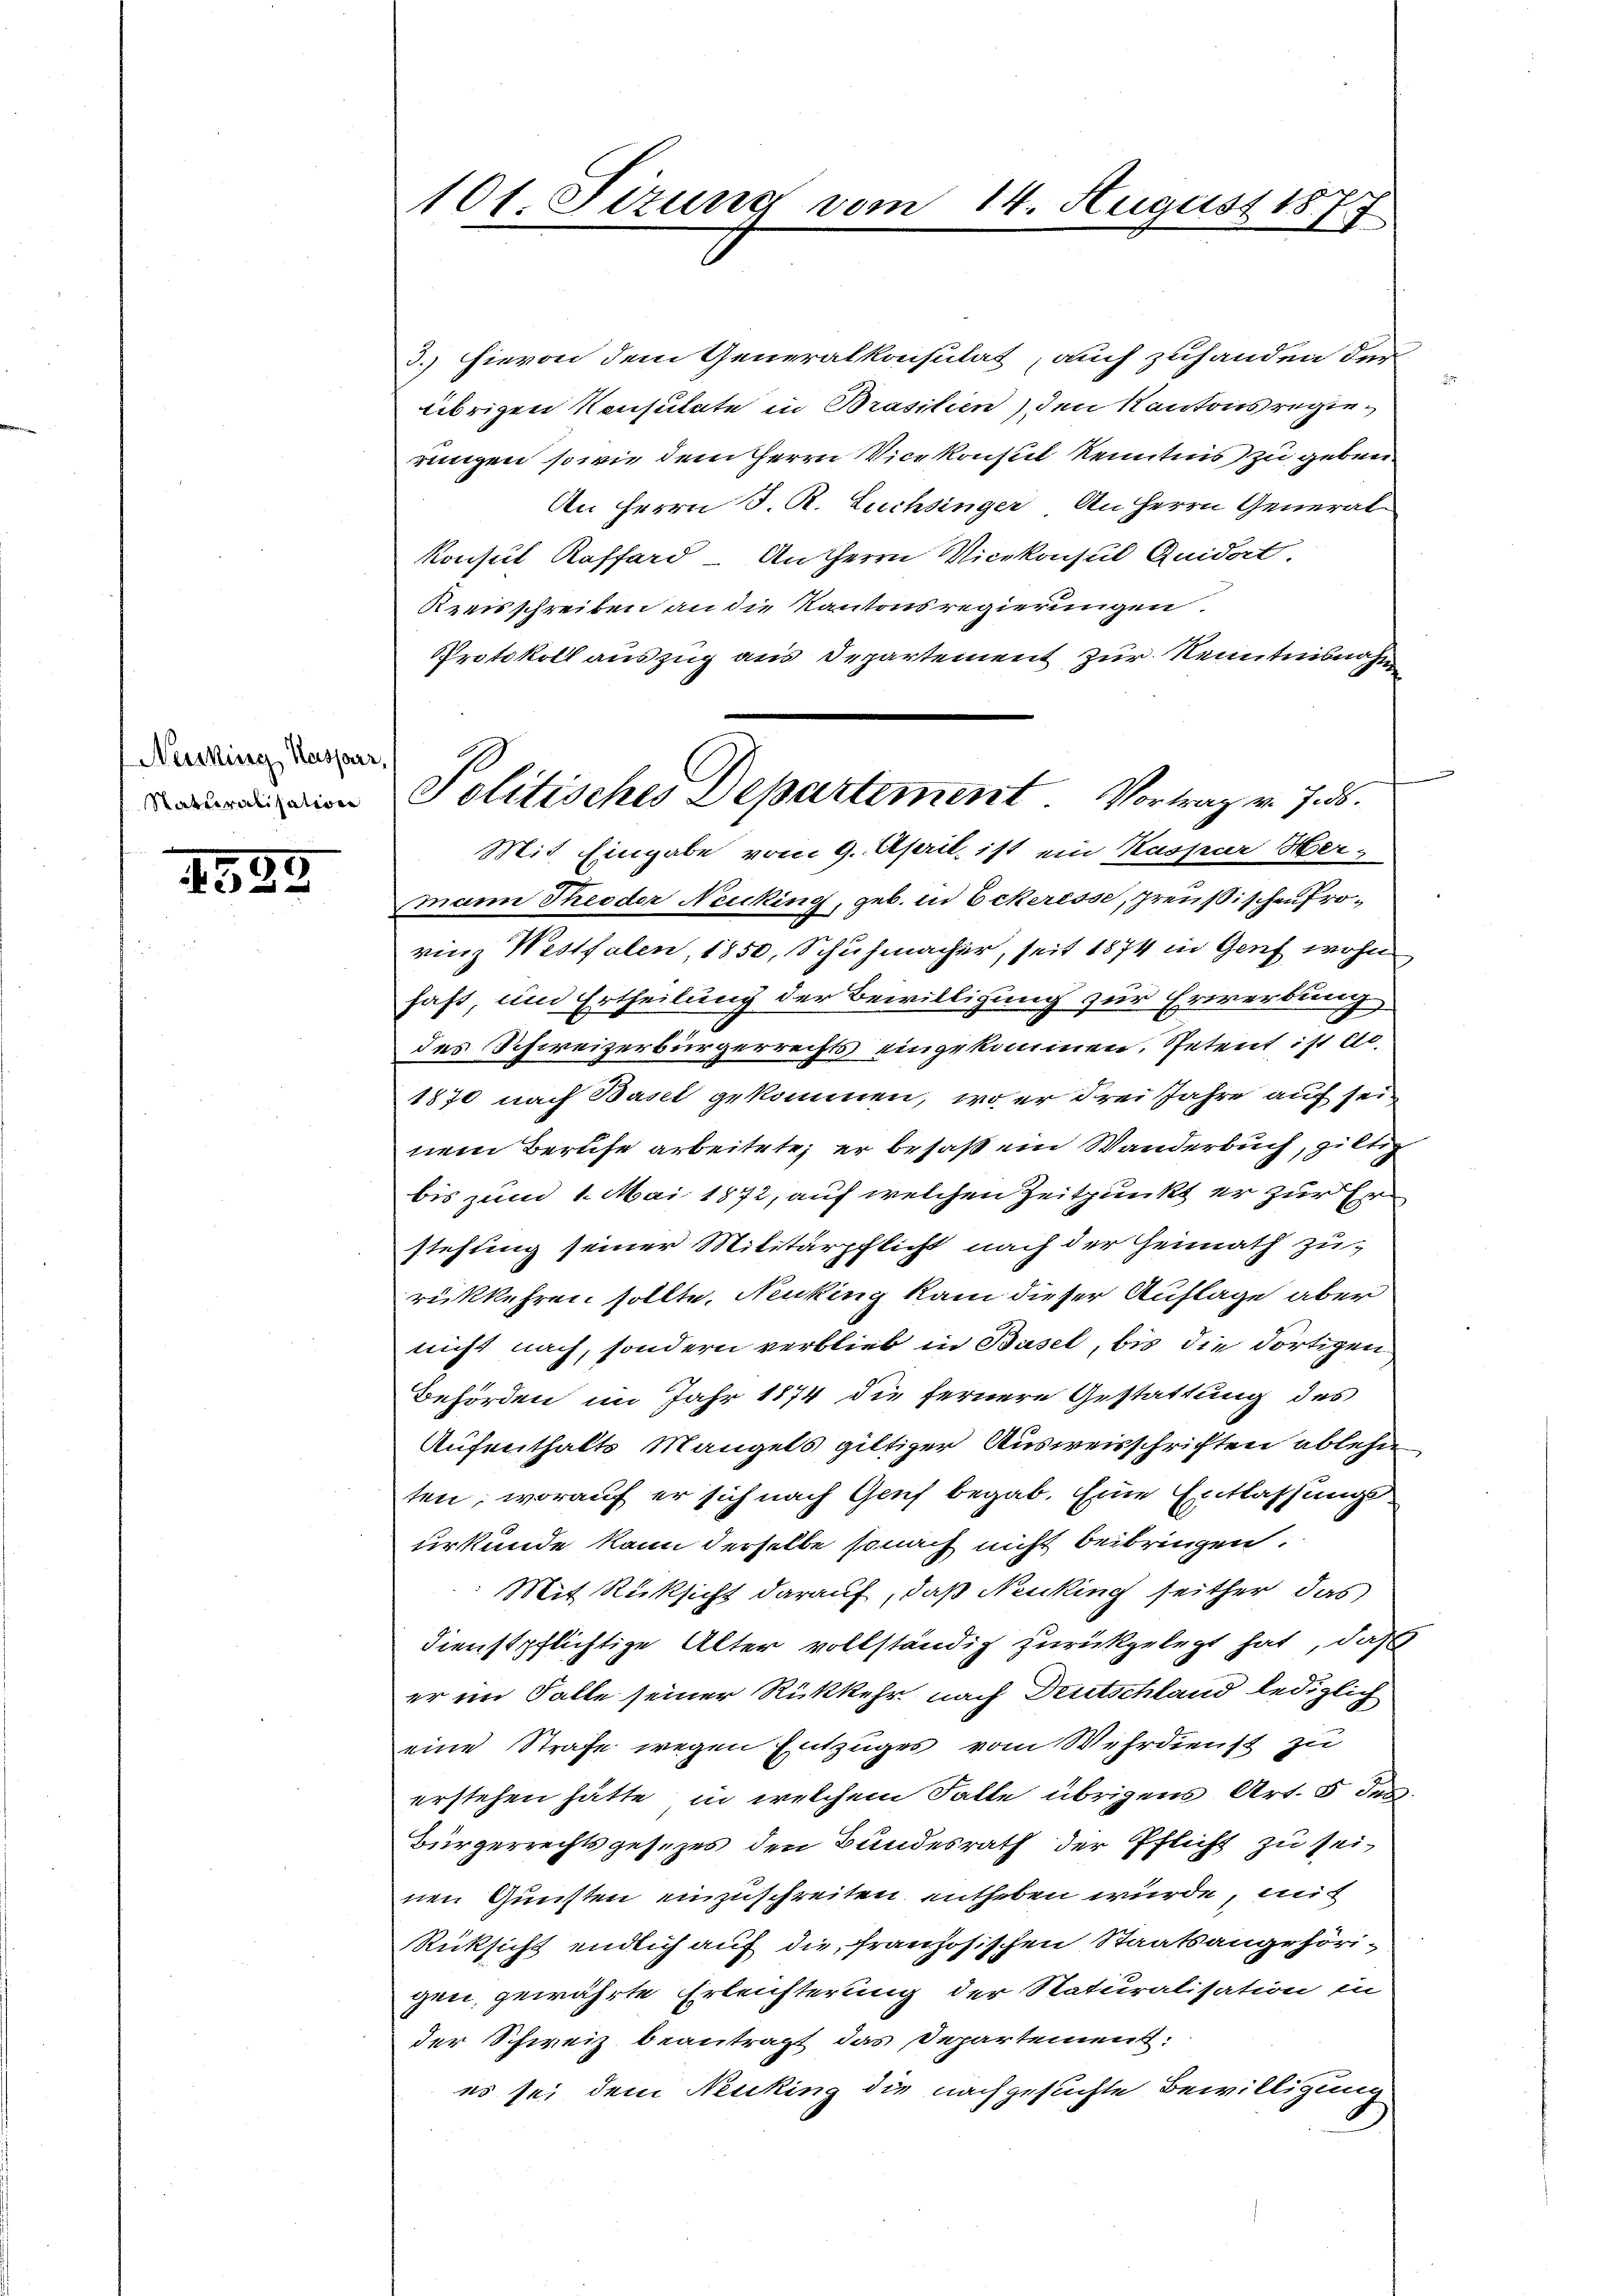
Neissing Kasparr
Staturalisation

1535

101 Fizung vom 14. August 1877

3.) Hievon dem Generalkonsulat, auch zuhanden der
übrigen Konsulate in Brasilien) den Kantons regierungen sowie dem Herrn Vicekonsul Kenntnis zu geben
An Herrn J. R. Luchsinger. An Herrn General-
Konsul Kaffard Antherrn Vicekonsul Quidert.
Kreisschreiben an die Kantonsregierungen.
Protokoll auszug aus Departement zur Kenntnisnahm
mann Theoder Neicking, geb. in Eckeresse, preußischen Provinz Westfalen, 1850, Schuhmacher, seit 1874 in Genf wohn
haft, und Ertheilung der Bewilligung zur Erwerbung
des Schweizerbürgerrechts eingekommen. Petent ist es
1870 nach Basel gekommen, wo er drei Jahre auf seinem Berufe arbeitete, er besaß ein Wanderbuch, giltig
bis zum 1. Mai 1872, auf welchen Zeitpunkt er zur Erstehung seiner Militärpflicht nach der Heimath zurückkehren sollte, Ninking kam dieser Auflage aber
nicht nach, sondern verblieb in Basel, bis die dortigen
Behörden im Jahr 1874 die fernere Gestattung des
Aufenthalts Mangels giltiger Ausweisschriften ablehn
ten, worauf er sich nach Genf begab. Eine Entlassungs
urkunde kann derselbe sonach nicht beibringen.
Mit Rücksicht darauf, daß Nenking seither, das
dienstpflichtige Alter vollständig zurückgelegt hat, daß
er im Falle seiner Rückkehr nach Deutschland lediglich
eine Strafe wegen Entzuges vom Wehrdienst zu
erstehen hätte, in welchem Falle übrigens Art. 5 des
Bürgerrechtsgesezes den Bundesrath der Pflicht zu seinen Gunsten einzuschreiten entheben würde, mit
Rücksicht endlich auf die französischen Staatsangehöri-
gen, gewährte Erleichterung der Naturalisation in
der Schweiz beantragt das Departement:
es sei dem Neuking die nachgesuchte Bewilligung

Politisches Departement Vortrag v. 7. ds.
Mit Eingabe vom 9. April ist ein Kaspar Her¬